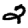
Digit: 2